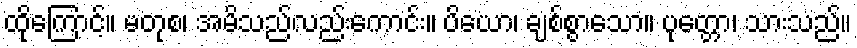
ထိုကြောင့်။ မတုစ၊ အမိသည်လည်းကောင်း။ ပိယော၊ ချစ်စွာသော။ ပုတ္တော၊ သားသည်။